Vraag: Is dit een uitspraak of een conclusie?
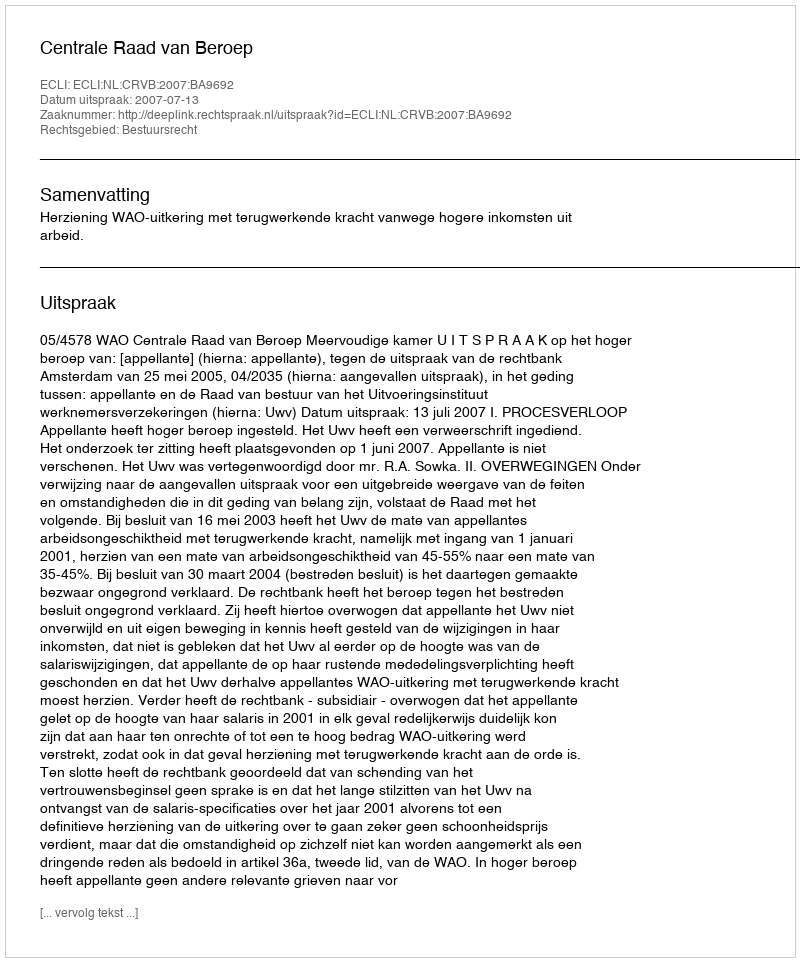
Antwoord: Uitspraak